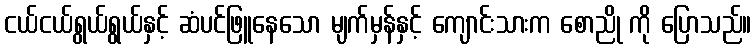
ငယ်ငယ်ရွယ်ရွယ်နှင့် ဆံပင်ဖြူနေသော မျက်မှန်နှင့် ကျောင်းသားက စောညို ကို ပြောသည်။